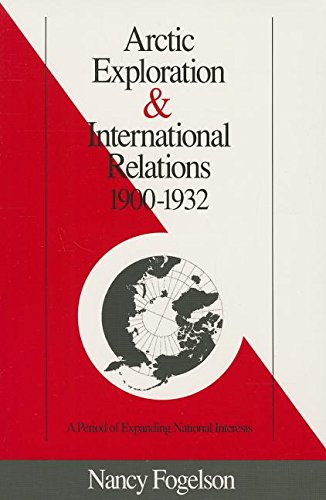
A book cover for Arctic Exploration & International Relations 1900-1932; Nancy Fogelson; Travel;